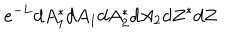
e ^ { - L } d A _ { 1 } ^ { * } d A _ { 1 } d A _ { 2 } ^ { * } d A _ { 2 } d Z ^ { * } d Z